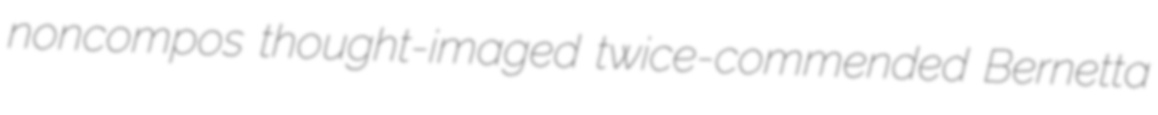
noncompos thought-imaged twice-commended Bernetta